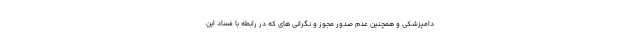
دامپزشکی و همچنین عدم صدور مجوز و نگرانی های که در رابطه با فساد این